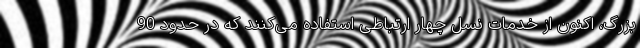
بزرگ، اکنون از خدمات نسل چهار ارتباطی استفاده می‌کنند که در حدود 90